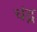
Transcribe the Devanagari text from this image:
चंद्न